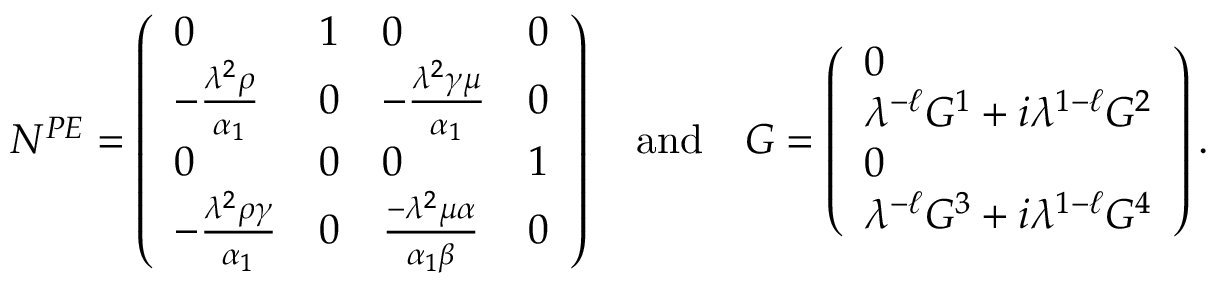
N ^ { P E } = \left( \begin{array} { l l l l } { 0 } & { 1 } & { 0 } & { 0 } \\ { - \frac { { \lambda } ^ { 2 } \rho } { \alpha _ { 1 } } } & { 0 } & { - \frac { { \lambda } ^ { 2 } \gamma \mu } { \alpha _ { 1 } } } & { 0 } \\ { 0 } & { 0 } & { 0 } & { 1 } \\ { - \frac { { \lambda } ^ { 2 } \rho \gamma } { \alpha _ { 1 } } } & { 0 } & { \frac { - { \lambda } ^ { 2 } \mu \alpha } { \alpha _ { 1 } \beta } } & { 0 } \end{array} \right) \quad \mathrm { a n d } \quad G = \left( \begin{array} { l } { 0 } \\ { { \lambda } ^ { - \ell } G ^ { 1 } + i { \lambda } ^ { 1 - \ell } G ^ { 2 } } \\ { 0 } \\ { { \lambda } ^ { - \ell } G ^ { 3 } + i { \lambda } ^ { 1 - \ell } G ^ { 4 } } \end{array} \right) .